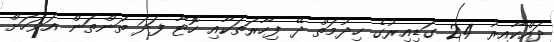
ދައްކާއިރު 24 ގަޑިއިރުގެ ހިދުމަތް ދޭ ފިހާރަތަކާއި ހޮޓާ ފަދަ ތަންތަން އަވަހަށް